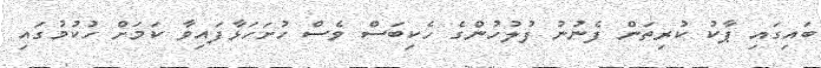
ބައިގައި ޕާކު ކުރިތަން ފެނުނު ފުލުހުންގެ ހެކިބަސް ވެސް ހުށަހަޅާފައިވާ ކަމަށް ހުކުމުގައި